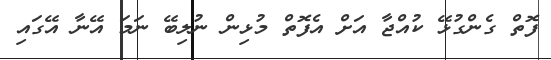
ފޮތް ގެންގުޅޭ ކުއްޖާ އަށް އެފޮތް މުޅިން ނުލިބޭ ނަމަ އޭނާ އޭގައި